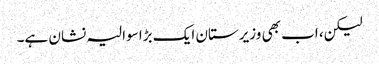
لیکن، اب بھی وزیرستان ایک بڑا سوالیہ نشان ہے۔